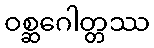
ဝစ္ဆဂေါတ္တဿ